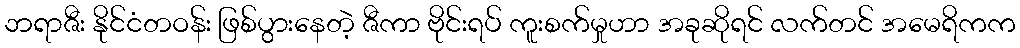
ဘရာဇီး နိုင်ငံတဝန်း ဖြစ်ပွားနေတဲ့ ဇီကာ ဗိုင်းရပ် ကူးစက်မှုဟာ အခုဆိုရင် လက်တင် အမေရိကက